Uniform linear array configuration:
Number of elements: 12
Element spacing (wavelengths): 0.5
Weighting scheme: kaiser
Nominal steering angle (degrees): -60
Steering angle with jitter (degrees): -60.312
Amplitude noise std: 0.05
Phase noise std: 0.05

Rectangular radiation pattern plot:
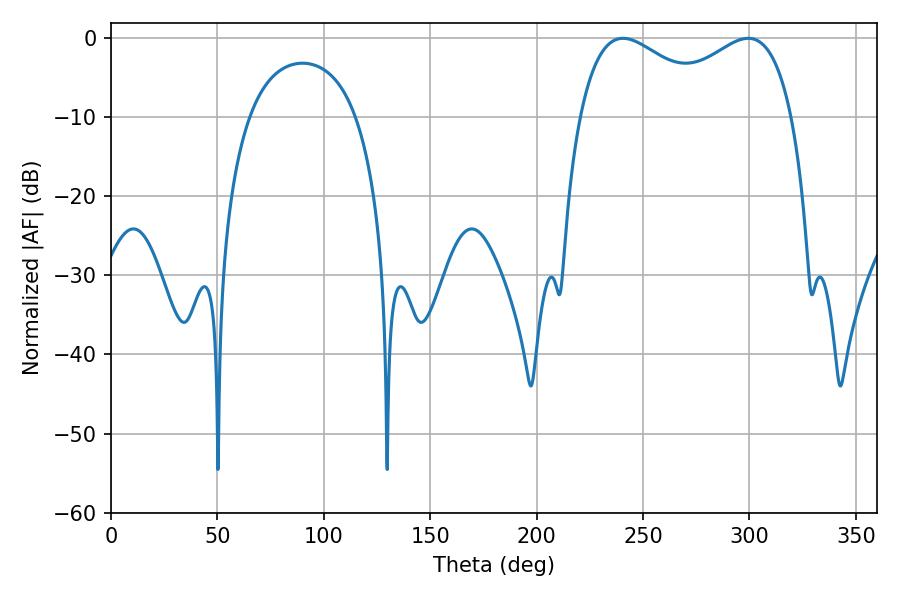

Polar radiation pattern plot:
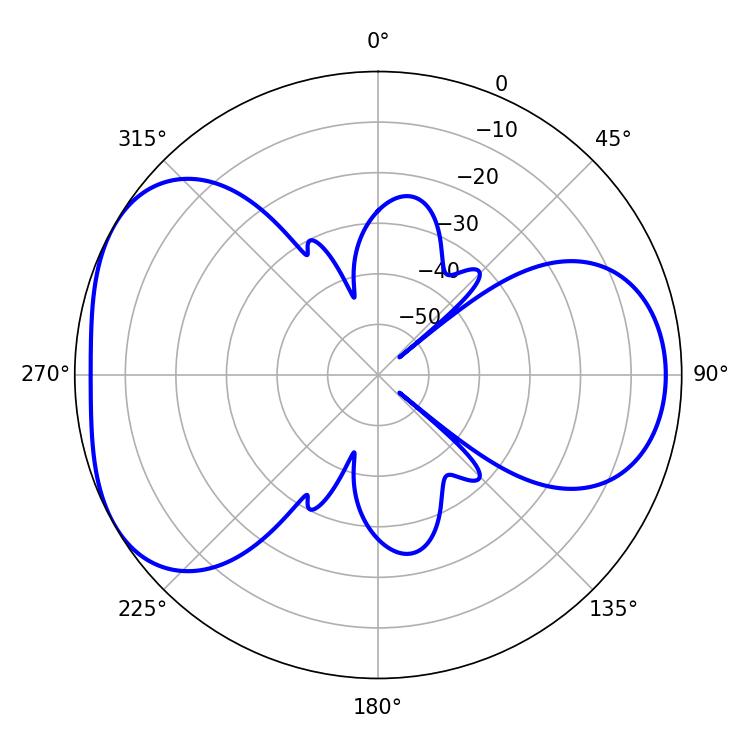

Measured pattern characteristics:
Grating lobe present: FALSE
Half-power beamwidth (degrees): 37.44
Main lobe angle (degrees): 240.66